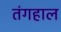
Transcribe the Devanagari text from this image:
तंगहाल